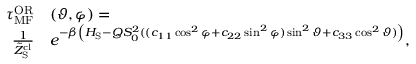
\begin{array} { r l } { \tau _ { \mathrm { M F } } ^ { \mathrm { O R } } } & { ( \vartheta , \varphi ) = } \\ { \frac { 1 } { \tilde { Z } _ { \mathrm { S } } ^ { \mathrm { c l } } } } & { e ^ { - \beta \left( H _ { \mathrm { S } } - Q S _ { 0 } ^ { 2 } ( ( c _ { 1 1 } \cos ^ { 2 } \varphi + c _ { 2 2 } \sin ^ { 2 } \varphi ) \sin ^ { 2 } \vartheta + c _ { 3 3 } \cos ^ { 2 } \vartheta ) \right) } , } \end{array}